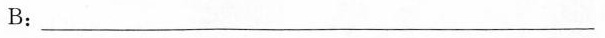
B:___